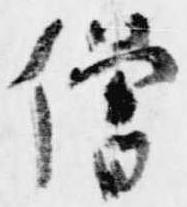
僧